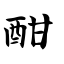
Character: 酣